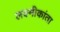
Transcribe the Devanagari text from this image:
लक्ष्मीकांता